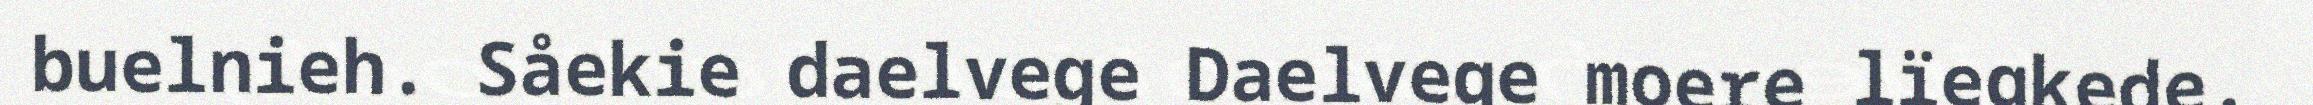
buelnieh. Såekie daelvege Daelvege moere lïegkede.